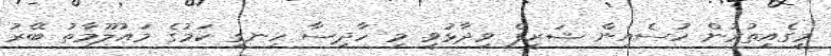
މީގެއިތުރުން ހުސެއިން ޝަރީފް ވިދާޅުވީ މި ހާދިސާ ހިނގި ކަމުގެ މައުލޫމާތު ބޭރު